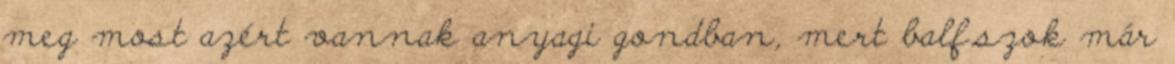
meg most azért vannak anyagi gondban, mert balf.szok már